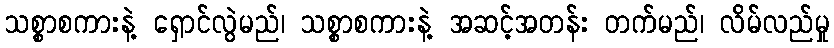
သစ္စာစကားနဲ့ ရှောင်လွဲမည်၊ သစ္စာစကားနဲ့ အဆင့်အတန်း တက်မည်၊ လိမ်လည်မှု